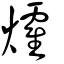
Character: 㸌